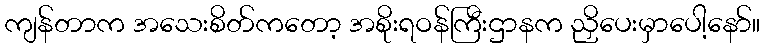
ကျန်တာက အသေးစိတ်ကတော့ အစိုးရဝန်ကြီးဌာနက ညှိပေးမှာပေါ့နော်။